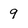
Character: 9